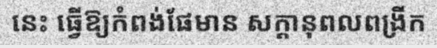
នេះ ធ្វើឱ្យកំពង់ផែមាន សក្តានុពលពង្រីក